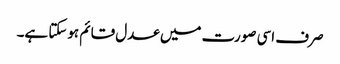
صرف اسی صورت میں عدل قائم ہوسکتا ہے۔